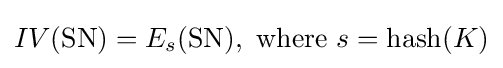
IV({\textrm {SN}})=E_{s}({\text{SN}}),\ {\text{where}}\ s={\text{hash}}(K)